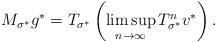
LaTeX: \begin{align*} M_{\sigma^*} g^* = T_{\sigma^*} \left( \limsup_{n \to \infty} T_{\sigma^*}^n v^* \right). \end{align*}